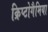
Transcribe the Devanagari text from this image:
क्रिप्टोगैमिया